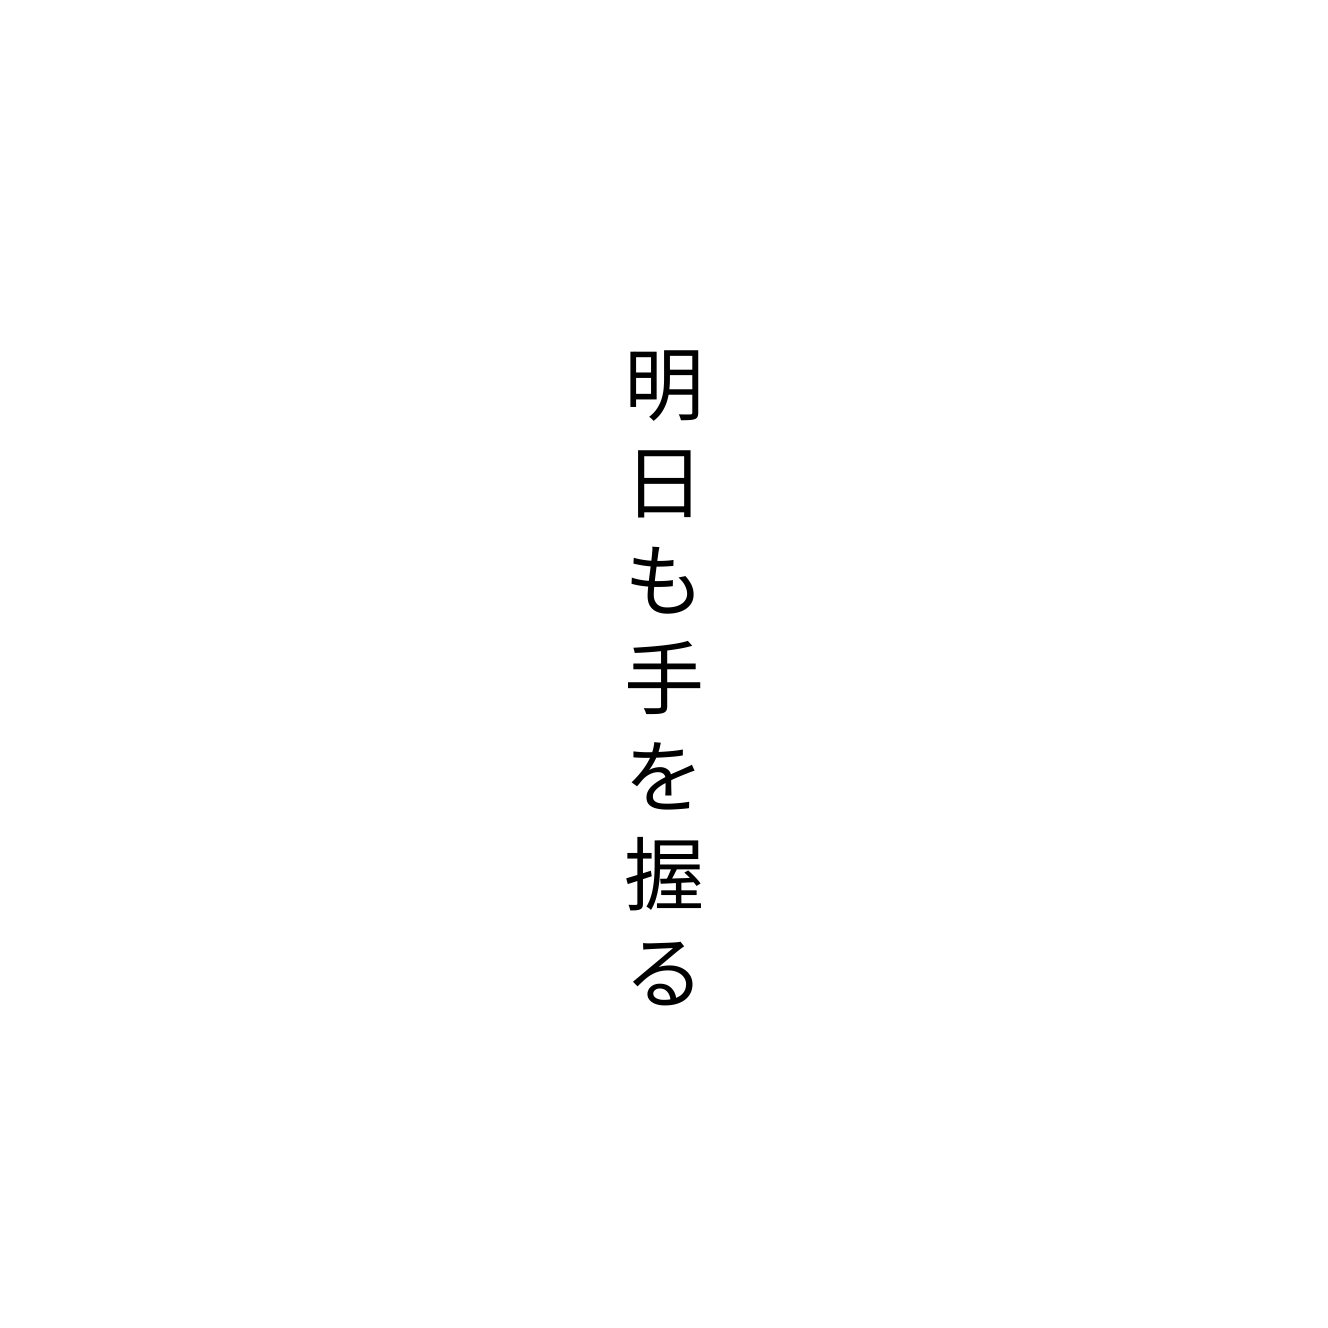
明日も手を握る